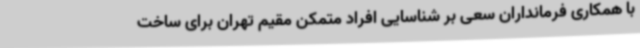
با همکاری فرمانداران سعی بر شناسایی افراد متمکن مقیم تهران برای ساخت